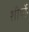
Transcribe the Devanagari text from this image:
शीर्षोॱ